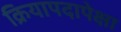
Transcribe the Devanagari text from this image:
क्रियापदापेक्षा